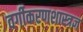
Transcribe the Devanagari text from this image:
वर्गीकरणशास्त्रज्ञ